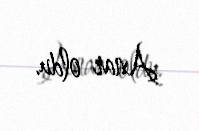
Anar oldu.